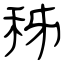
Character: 秭